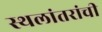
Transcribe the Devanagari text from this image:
स्थलांतरांची